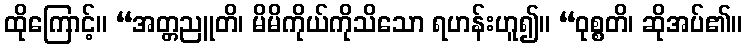
ထိုကြောင့်။ “အတ္တညူတိ၊ မိမိကိုယ်ကိုသိသော ရဟန်းဟူ၍။ “ဝုစ္စတိ၊ ဆိုအပ်၏။